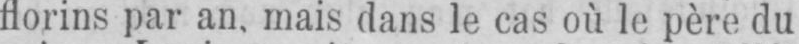
florins par an. mais dans le cas où le père du